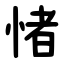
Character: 㥩